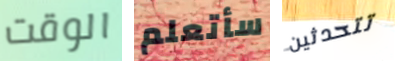
الوقت سأتعلم تتحدثين